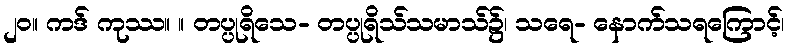
၂၀။ ကဒ် ကုဿ။ ။ တပ္ပုရိသေ- တပ္ပုရိသ်သမာသ်၌၊ သရေ- နောက်သရကြောင့်၊